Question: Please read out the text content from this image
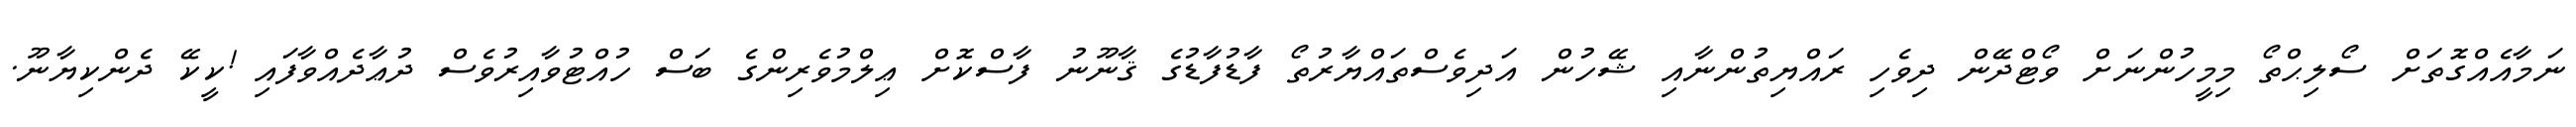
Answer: ނަމާއެއްގޮތަށް ސޯލިޙްތޯ މިމީހުންނަށް ވޯޓްދޭން ދިވެހި ރައްޔިތުންނާއި ޝޭހުން އަދިވެސްތައްޔާރުތޯ ފާޑުފާޑުގެ ޤާނޫނު ފާސްކޮށް ޢިލްމުވެރިންގެ ބަސް ހުއްޓުވާއިރުވެސް ދުޢާދެއްވާފައި !ކީކޭ ދެންކިޔާނޫ.